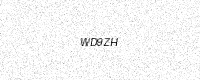
Text: WD9ZH